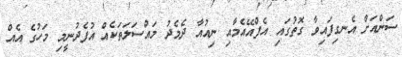
ސަންއަށް އެނގިފައިވާ ގޮތުގައި އެފްއޭއެމާއި ނިއުއާ ދެމެދު މައްސަލަތަކެއް އުފެދުނީމި މަހުގެ އެއް